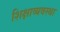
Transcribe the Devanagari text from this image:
शिक्षाव्यवस्था